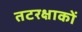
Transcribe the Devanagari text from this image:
तटरक्षाकों